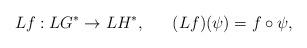
LaTeX: \begin{align*}Lf:LG^{\ast }\rightarrow LH^{\ast },\ \ \ \ \ (Lf)(\psi )=f\circ \psi ,\end{align*}